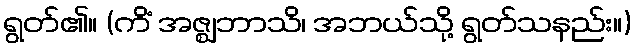
ရွတ်၏။ (ကိံ အဇ္ဈဘာသိ၊ အဘယ်သို့ ရွတ်သနည်း။)